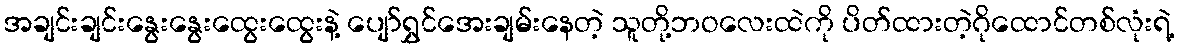
အချင်းချင်းနွေးနွေးထွေးထွေးနဲ့ ပျော်ရွှင်အေးချမ်းနေတဲ့ သူတို့ဘဝလေးထဲကို ပိတ်ထားတဲ့ဂိုထောင်တစ်လုံးရဲ့